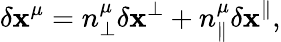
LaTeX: \delta\mathbf{x}^{\mu}=n_{\perp}^{\mu}\delta\mathbf{x}^{\perp}+n_{\parallel}^{\mu}\delta\mathbf{x}^{\parallel},